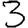
Digit: 3